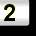
Digit: 2